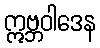
ဣဗ္ဘဝါဒေန